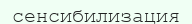
сенсибилизация